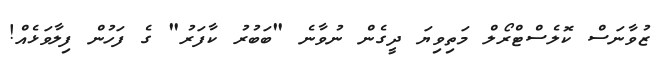
ޒުވާނަސް ކޮލެސްޓްރޯލް މަތިވިޔަ ދީގެން ނުވާނެ "ބަބުރު ކާފަރު" ގެ ފަހުން ފިލާވަޅެއް!